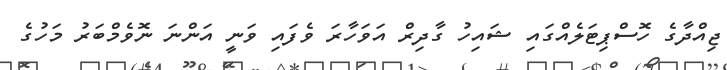
ޖިއްދާގެ ހޮސްޕިޓަލެއްގައި ޝައިހު ގާދިރް އަވަހާރަ ވެފައި ވަނީ އަންނަ ނޮވެމްބަރު މަހުގެ